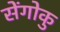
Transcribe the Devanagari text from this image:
सेंगोकु